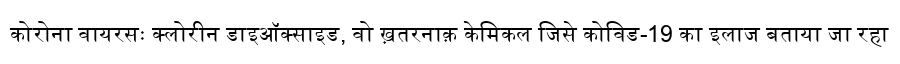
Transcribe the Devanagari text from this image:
कोरोना वायरसः क्लोरीन डाइऑक्साइड, वो ख़तरनाक़ केमिकल जिसे कोविड-19 का इलाज बताया जा रहा